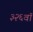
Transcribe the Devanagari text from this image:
३२६वॉ